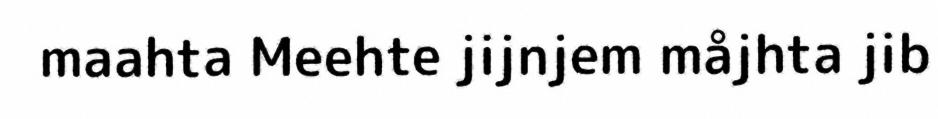
maahta Meehte jijnjem måjhta jib